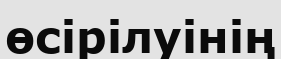
өсірілуінің